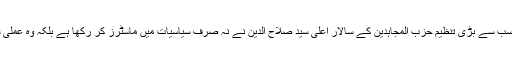
کشمیر میں مسلح مزاحمت کی سب سے بڑی تنظیم حزب المجاہدین کے سالار اعلیٰ سید صلاح الدین نے نہ صرف سیاسیات میں ماسٹرز کر رکھا ہے بلکہ وہ عملی سیاست میں بھی متحرک رہے۔